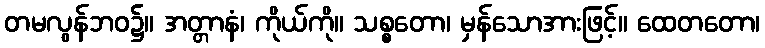
တမလွန်ဘဝ၌။ အတ္တာနံ၊ ကိုယ်ကို။ သစ္စတော၊ မှန်သောအားဖြင့်။ ထေတတော၊